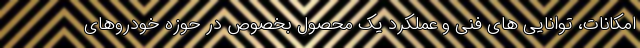
امکانات، توانایی های فنی و عملکرد یک محصول بخصوص در حوزه خودروهای